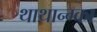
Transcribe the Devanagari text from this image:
थाथान्ग्का